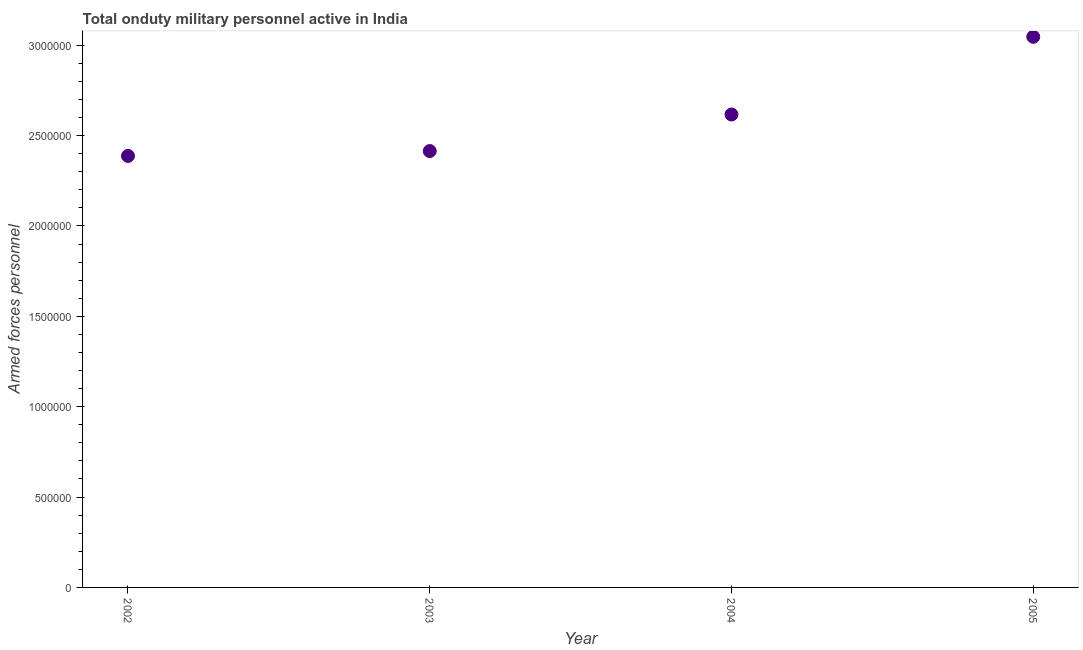
| Year | Armed forces personnel |
 | --- | --- |
 | 2002 | 2.39e+06 |
 | 2003 | 2.41e+06 |
 | 2004 | 2.62e+06 |
 | 2005 | 3.05e+06 |